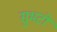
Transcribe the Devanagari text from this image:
सुभटों